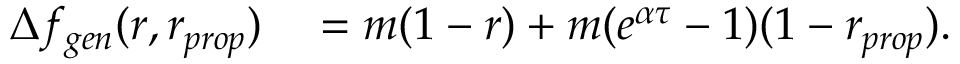
\begin{array} { r l } { \Delta f _ { g e n } ( r , r _ { p r o p } ) } & { { } = m ( 1 - r ) + m ( e ^ { \alpha \tau } - 1 ) ( 1 - r _ { p r o p } ) . } \end{array}